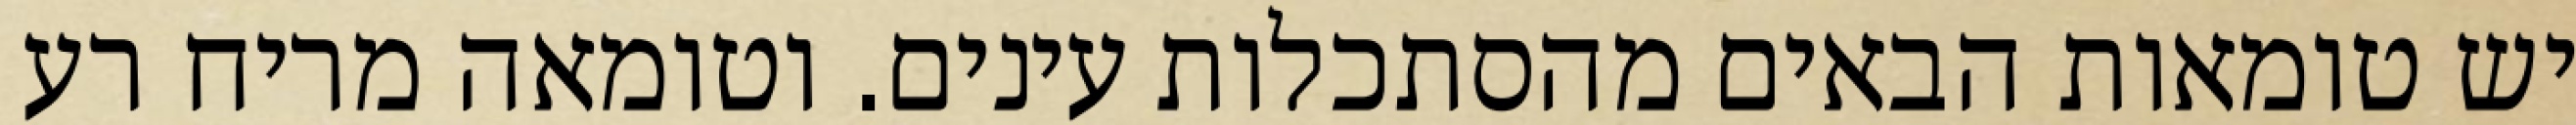
יש טומאות הבאים מהסתכלות עינים. וטומאה מריח רע